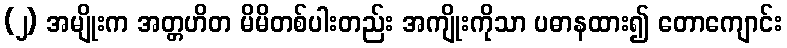
(၂) အမျိုးက အတ္တဟိတ မိမိတစ်ပါးတည်း အကျိုးကိုသာ ပဓာနထား၍ တောကျောင်း